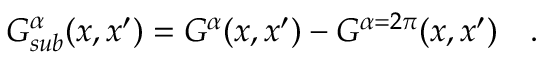
G _ { s u b } ^ { \alpha } ( x , x ^ { \prime } ) = G ^ { \alpha } ( x , x ^ { \prime } ) - G ^ { \alpha = 2 \pi } ( x , x ^ { \prime } ) ~ ~ ~ .